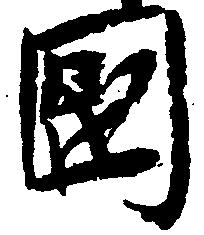
国